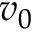
v _ { 0 }